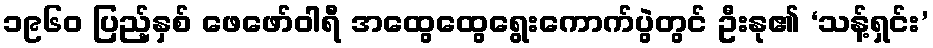
၁၉၆၀ ပြည့်နှစ် ဖေဖော်ဝါရီ အထွေထွေရွေးကောက်ပွဲတွင် ဦးနု၏ ‘သန့်ရှင်း’